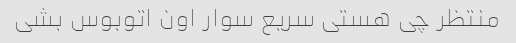
منتظر چی هستی سریع سوار اون اتوبوس بشی